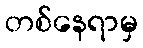
တစ်နေရာမှ